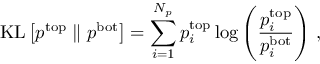
\mathrm { K L } \left[ p ^ { \mathrm { t o p } } \parallel p ^ { \mathrm { b o t } } \right] = \sum _ { i = 1 } ^ { N _ { p } } p _ { i } ^ { \mathrm { t o p } } \log \left( \frac { p _ { i } ^ { \mathrm { t o p } } } { p _ { i } ^ { \mathrm { b o t } } } \right) \, ,